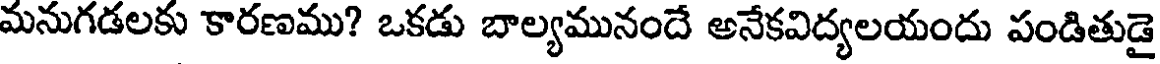
మనుగడలకు కారణము? ఒకడు బాల్యమునందే అనేకవిద్యలయందు పండితుడై